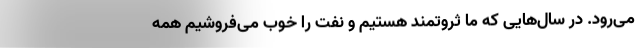
می‌رود. در سال‌هایی که ما ثروتمند هستیم و نفت را خوب می‌فروشیم همه